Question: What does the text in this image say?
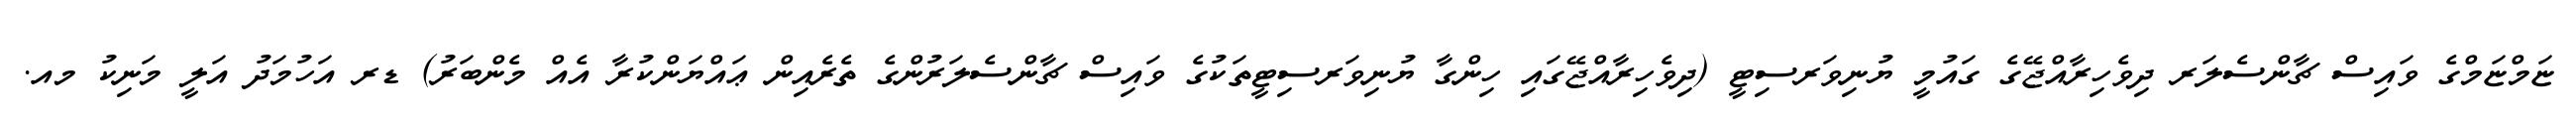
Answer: ޏަމްޏަމްގެ ވައިސް ޗާންސެލަރ ދިވެހިރާއްޖޭގެ ގައުމީ ޔުނިވަރސިޓީ (ދިވެހިރާއްޖޭގައި ހިންގާ ޔުނިވަރސިޓީތަކުގެ ވައިސް ޗާންސެލަރުންގެ ތެރެއިން ޢައްޔަންކުރާ އެއް މެންބަރު) ޑރ އަހުމަދު އަލީ މަނިކު މއ.